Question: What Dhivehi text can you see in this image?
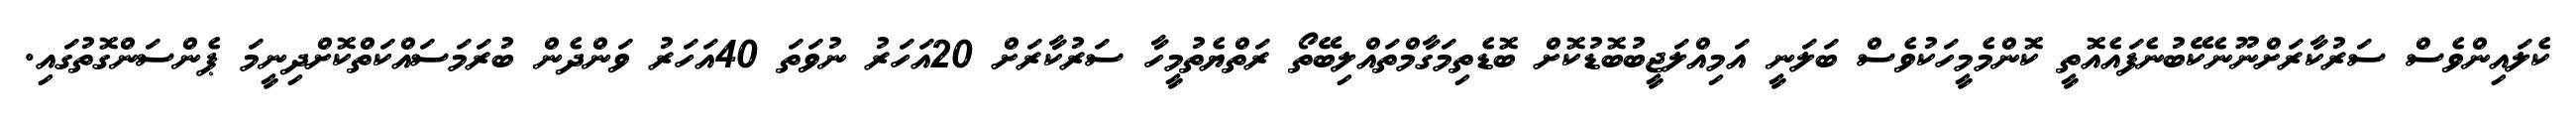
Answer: ކެލައިންވެސް ސަރުކާރަށްނޫނެކޭބުނެފައެއޮތީ ކޮންމެމީހަކުވެސް ބަލަނީ އަމިއްލަޖީބުބޮޑުކޮށް ބޮޑެތިމަގާމްތައްލިބޭތޯ ރަތްޔެތުމީހާ ސަރުކާރަށް 20އަހަރު ނުވަތަ 40އަހަރު ވަންދެން ބުރަމަސައްކަތްކޮށްދިނީމަ ޕެންސަންގޮތުގައި.